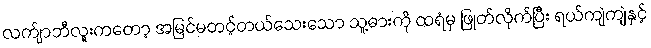
လက်ျာဘီလူးကတော့ အမြင်မတင့်တယ်သေးသော သူ့ဓားကို ထရံမှ ဖြုတ်လိုက်ပြီး ရယ်ကျဲကျဲနှင့်